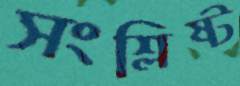
সংশ্লিষ্ট